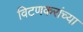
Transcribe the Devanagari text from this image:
विटणकरांच्या